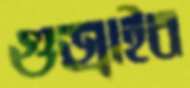
গুজ্‌রাইব